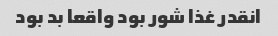
انقدر غذا شور بود واقعا بد بود